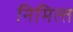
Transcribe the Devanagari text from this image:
निमित्‍त